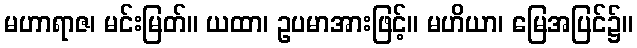
မဟာရာဇ၊ မင်းမြတ်။ ယထာ၊ ဥပမာအားဖြင့်။ မဟိယာ၊ မြေအပြင်၌။